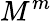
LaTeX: M^{m}